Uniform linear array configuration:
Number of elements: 16
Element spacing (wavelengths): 0.25
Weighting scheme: kaiser
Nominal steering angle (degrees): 15
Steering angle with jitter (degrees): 13.842
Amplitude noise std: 0.05
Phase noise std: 0.05

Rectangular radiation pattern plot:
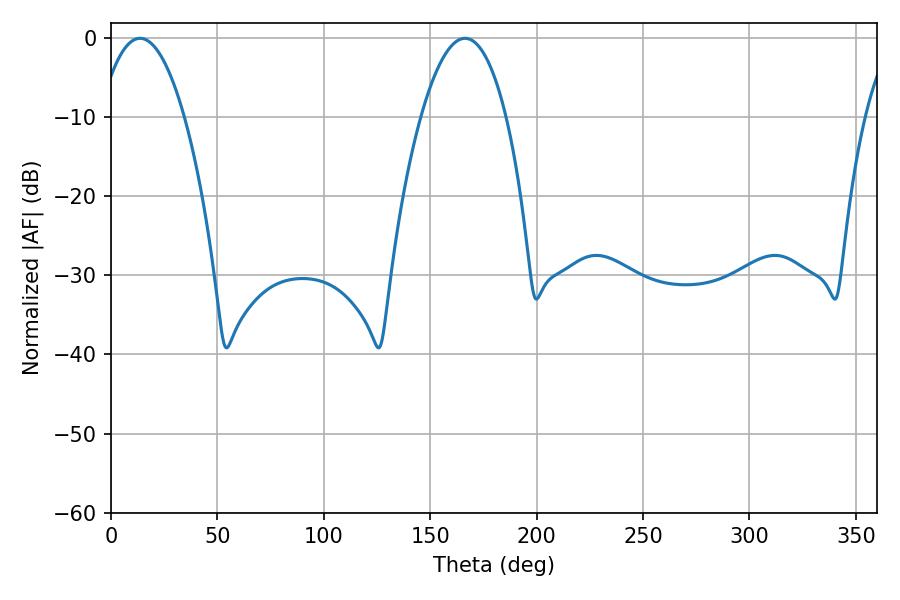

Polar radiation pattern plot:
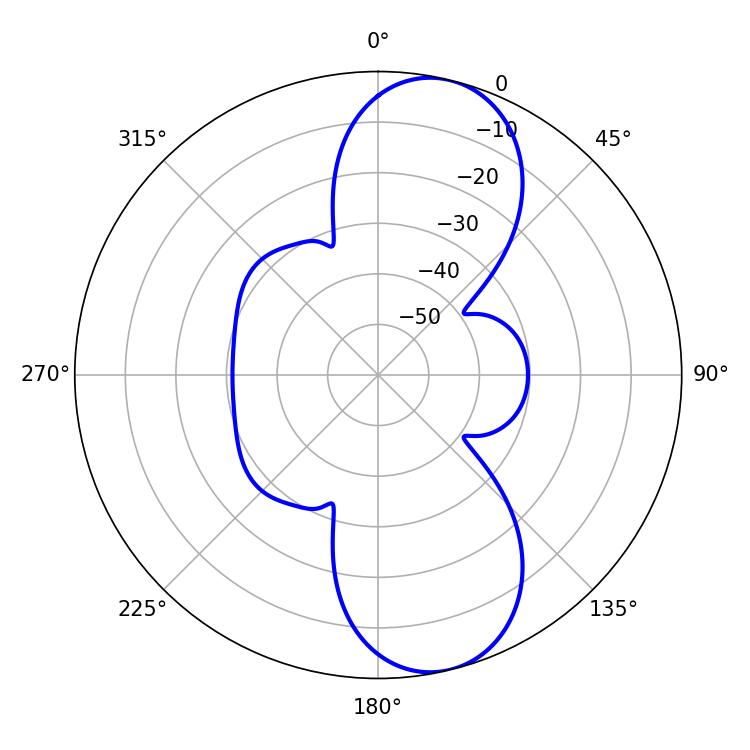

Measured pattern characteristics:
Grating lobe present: FALSE
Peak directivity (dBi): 10.063
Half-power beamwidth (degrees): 22.14
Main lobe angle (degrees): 13.68